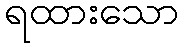
ရထားသော